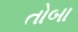
તોબા